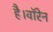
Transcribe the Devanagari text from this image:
है।वॉरेन